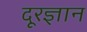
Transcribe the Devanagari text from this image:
दूरज्ञान